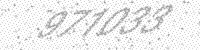
Solution: 971033